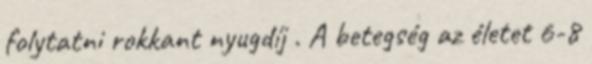
folytatni rokkant nyugdíj . A betegség az életet 6-8